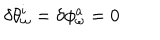
\delta \theta _ { \omega } ^ { i } = \delta \phi _ { \omega } ^ { a } = 0